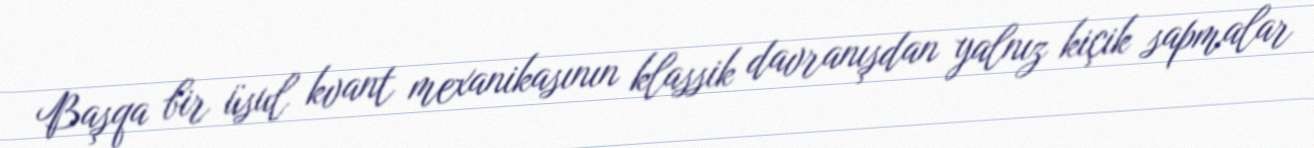
Başqa bir üsul kvant mexanikasının klassik davranışdan yalnız kiçik sapmalar